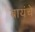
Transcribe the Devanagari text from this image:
बायंचे